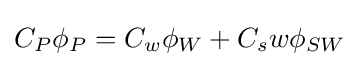
C_{P}\phi _{P}=C_{w}\phi _{W}+C_{s}w\phi _{SW}